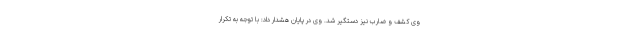
وی کشف و ضارب نیز دستگیر شد. وی در پایان هشدار داد: با توجه به تکرار